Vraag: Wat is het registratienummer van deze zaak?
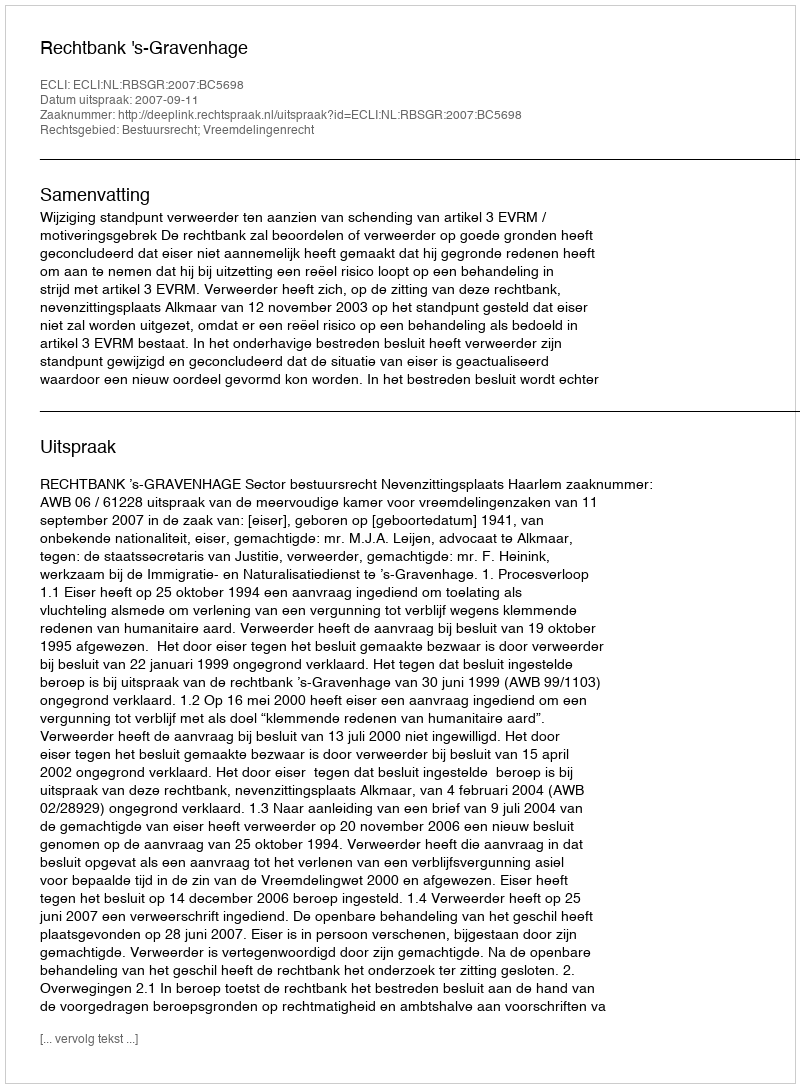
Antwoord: http://deeplink.rechtspraak.nl/uitspraak?id=ECLI:NL:RBSGR:2007:BC5698